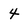
Character: 4